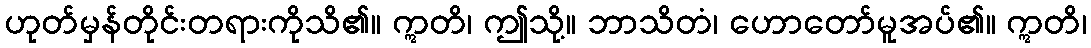
ဟုတ်မှန်တိုင်းတရားကိုသိ၏။ ဣတိ၊ ဤသို့။ ဘာသိတံ၊ ဟောတော်မူအပ်၏။ ဣတိ၊